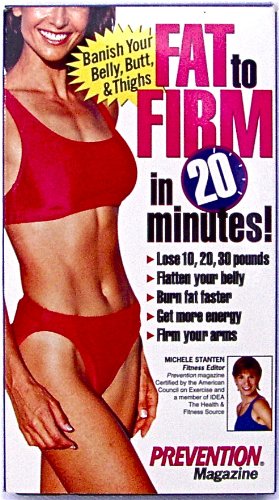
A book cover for Fat To Firm in 20 Minutes!; Health, Fitness & Dieting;